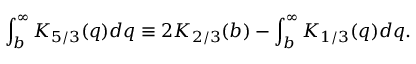
\int _ { b } ^ { \infty } K _ { 5 / 3 } ( q ) d q \equiv 2 K _ { 2 / 3 } ( b ) - \int _ { b } ^ { \infty } K _ { 1 / 3 } ( q ) d q .